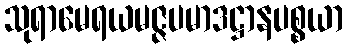
သုရာမေရယမဇ္ဇပမာဒဋ္ဌာနပစ္စယာ